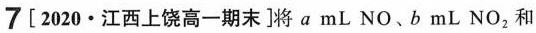
7 [2020·江西上饶高一期末]将a mL NO、b mL \mathrm{NO}_{2}和